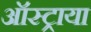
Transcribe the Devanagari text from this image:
ऑस्ट्राया